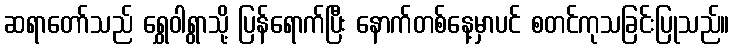
ဆရာတော်သည် ရွှေဝါရွာသို့ ပြန်ရောက်ပြီး နောက်တစ်နေ့မှာပင် စတင်ကုသခြင်းပြုသည်။